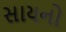
સાયનો